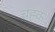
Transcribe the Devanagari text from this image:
चह्क